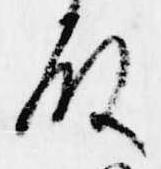
殿